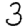
Digit: 3